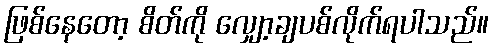
ဖြစ်နေတော့ စိတ်ကို လျှော့ချပစ်လိုက်ရပါသည်။